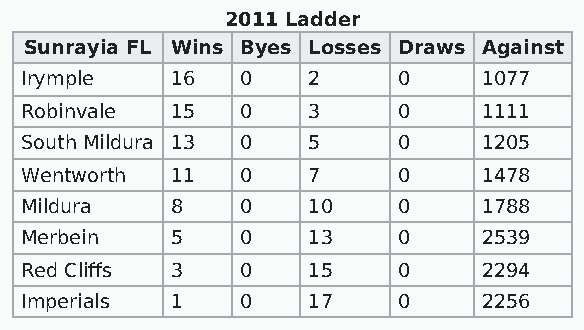
2011 Ladder
 Sunrayia FL Wins Byes Losses Draws Against
 Irymple   16   0   2     0     1077
 Robinvale 15   0   3     0     1111
 South Mildura 13 0 5     0     1205
 Wentworth 11   0   7     0     1478
 Mildura   8    0   10    0     1788
 Merbein   5    0   13    0     2539
 Red Cliffs 3   0   15    0     2294
 Imperials 1    0   17    0     2256